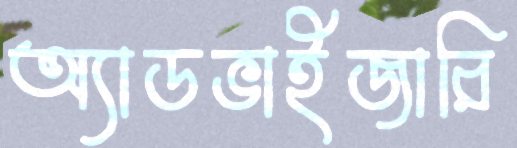
অ্যাডভাইজারি